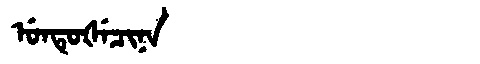
Manchu: ᡠᠨᡨᡠᡧᡝᠴᡳᠨᠠ
Romanization: UNTUŠECINA